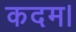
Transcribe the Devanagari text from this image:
कदम।